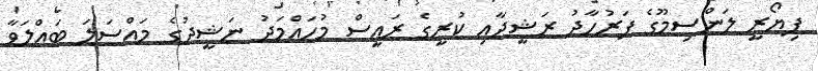
ފިޔޯރީ ލަންސިމޫގެ ފަރުހާދު ރަޝީދާއި ކުރީގެ ރައީސް މުހައްމަދު ނަޝީދުގެ މައްސަލަ ބައްލަވާ